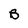
Character: B